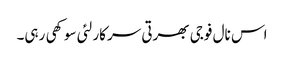
اس نال فوجی بھرتی سرکار لئی سوکھی رہی۔